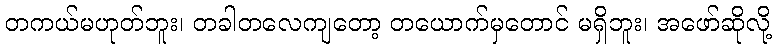
တကယ်မဟုတ်ဘူး၊ တခါတလေကျတော့ တယောက်မှတောင် မရှိဘူး၊ အဖော်ဆိုလို့